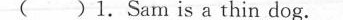
( )1.Sam is a thin dog.